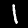
Label: 1